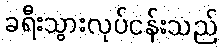
ခရီးသွားလုပ်ငန်းသည်